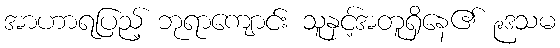
အာဟာရပြည့် ဘုရာကျောင်း သူနှင့်အတူရှိနေ၏ ၉ဒသမ